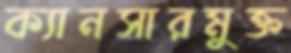
ক্যানসারমুক্ত